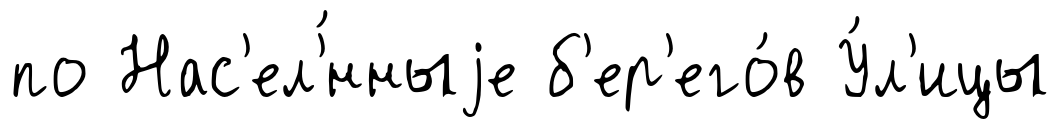
по Нас'ел'́нныjе б'ер'его́в У́л'ицы